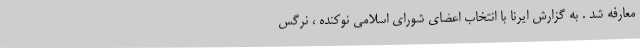
معارفه شد . به گزارش ایرنا با انتخاب اعضای شورای اسلامی نوکنده ، نرگس